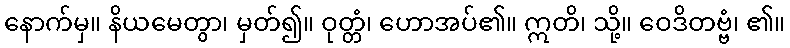
နောက်မှ။ နိယမေတွာ၊ မှတ်၍။ ဝုတ္တံ၊ ဟောအပ်၏။ ဣတိ၊ သို့။ ဝေဒိတဗ္ဗံ၊ ၏။